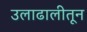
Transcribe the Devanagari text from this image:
उलाढालीतून